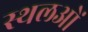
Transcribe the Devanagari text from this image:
स्थलओं